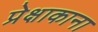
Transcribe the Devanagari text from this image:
प्रेक्षाकाना